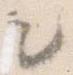
も